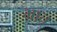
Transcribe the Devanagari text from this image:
भ्रात